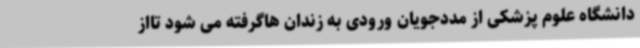
دانشگاه علوم پزشکی از مددجویان ورودی به زندان هاگرفته می شود تااز